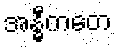
အန္ဓီကတေ